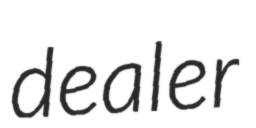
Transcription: dealer